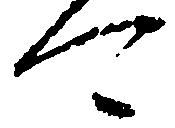
可